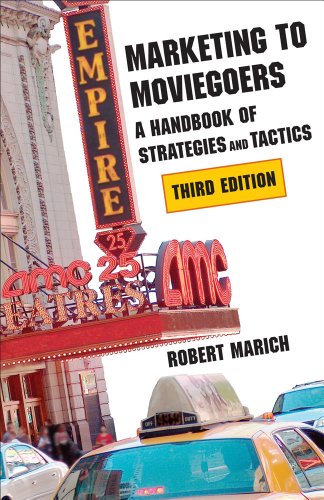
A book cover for Marketing to Moviegoers: A Handbook of Strategies and Tactics, Third Edition; Mr. Robert Marich; Business & Money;